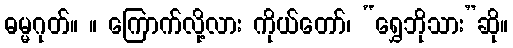
ဓမ္မဂုတ်။ ။ ကြောက်လို့လား ကိုယ်တော်၊ “ရွှေဘိုသား”ဆို။